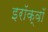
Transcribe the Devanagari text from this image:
इरॉक्वॉ